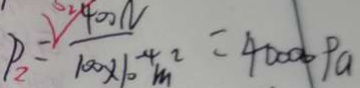
P _ { 2 } = \frac { 4 0 0 N } { 1 0 0 \times 1 0 ^ { - 4 } m ^ { 2 } } = 4 0 0 0 0 P a